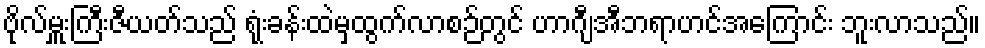
ဗိုလ်မှူးကြီးဇီယတ်သည် ရုံးခန်းထဲမှထွက်လာစဉ်တွင် ဟာဂျီအီဘရာဟင်အကြောင်း ဘူးလာသည်။